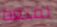
لمنعه